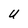
Character: U